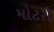
મોટરો